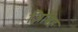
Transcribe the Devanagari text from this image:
ज़िबिह